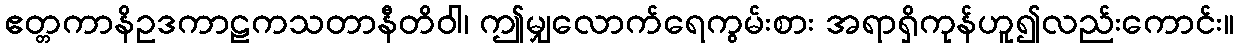
ဧတ္တကာနိဥဒကာဠကသတာနီတိဝါ၊ ဤမျှလောက်ရေကွမ်းစား အရာရှိကုန်ဟူ၍လည်းကောင်း။